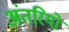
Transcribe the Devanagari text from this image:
अंतरियों